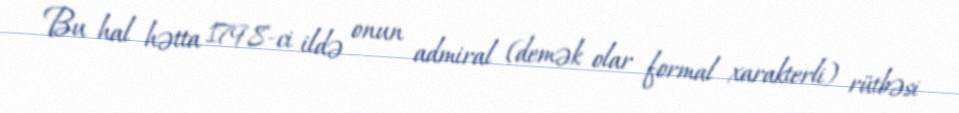
Bu hal hətta 1798-ci ildə onun admiral (demək olar formal xarakterli) rütbəsi